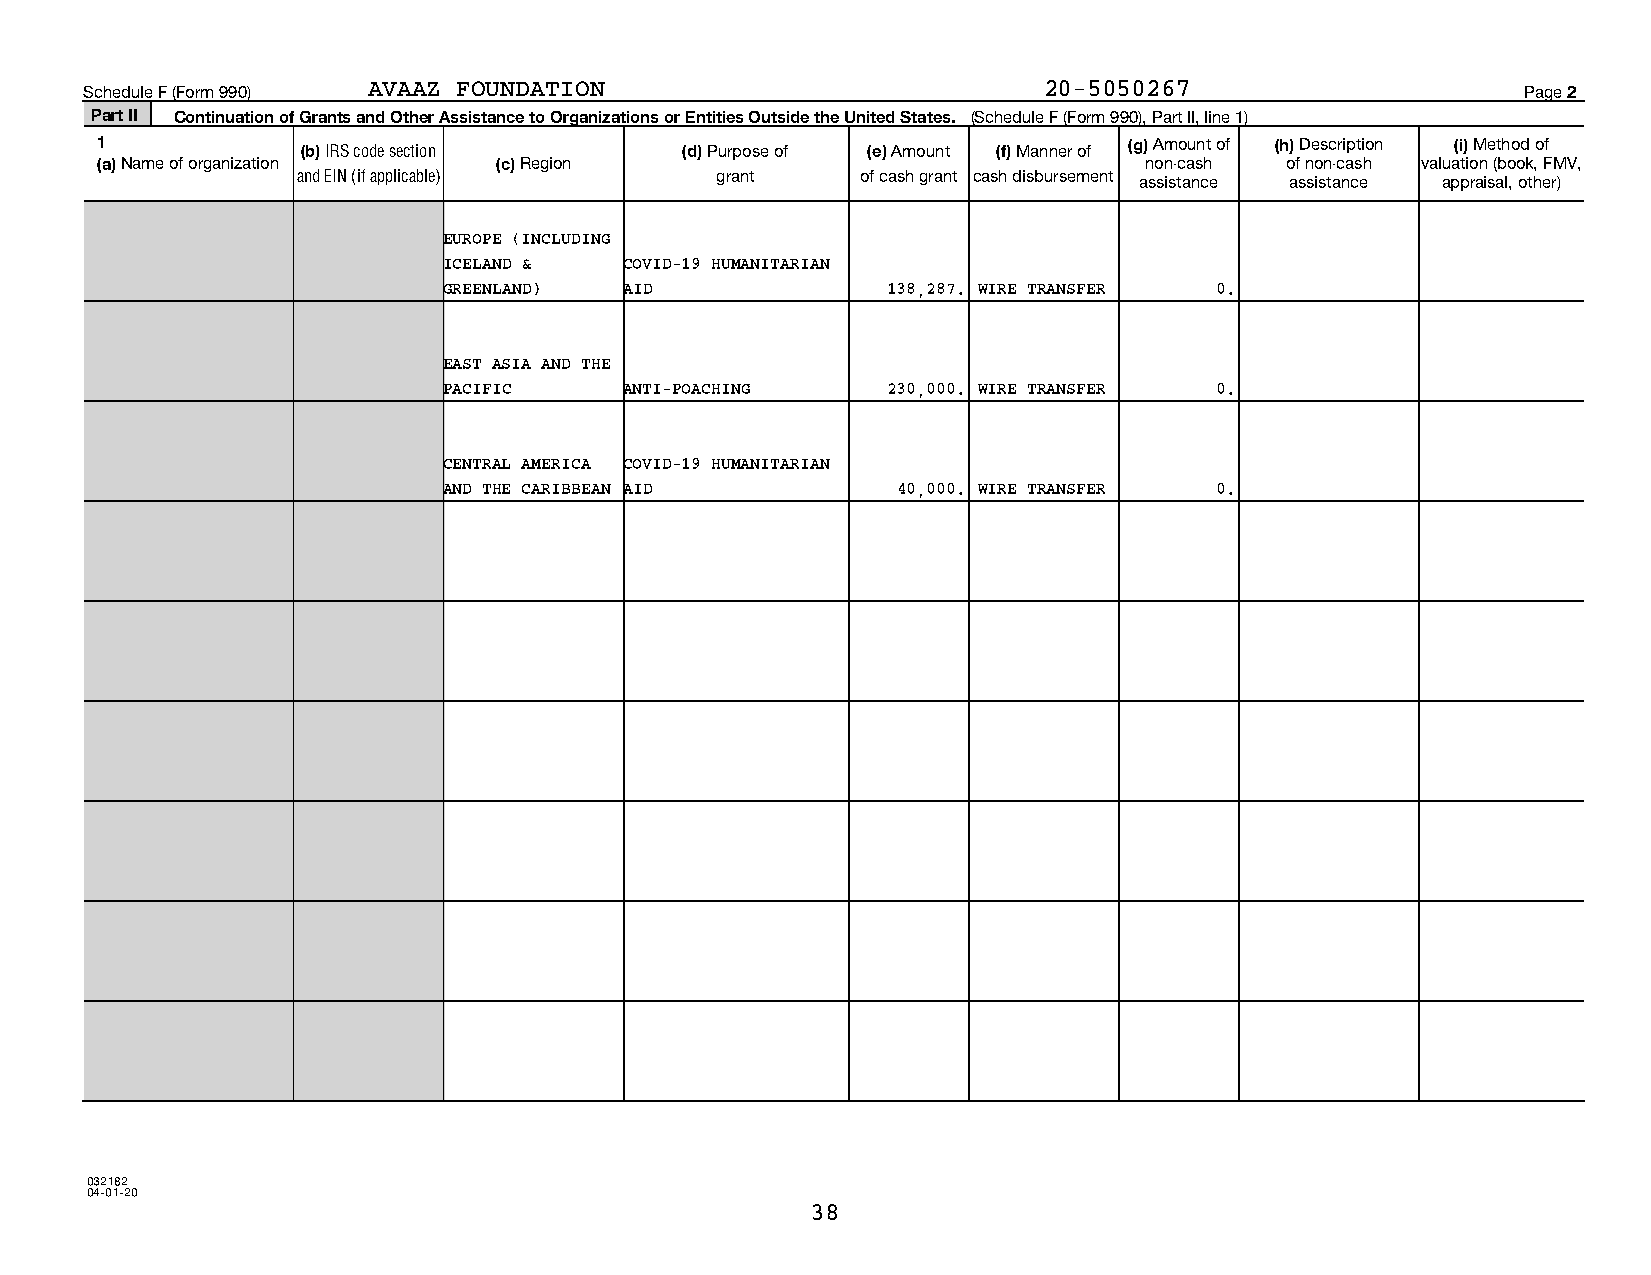
Schedule F (Form 990) AVAAZ FOUNDATION                         20-5050267                      Page 2
 Part II Continuation of Grants and Other Assistance to Organizations or Entities Outside the United States. (Schedule F (Form 990), Part II, line 1)
 1             (b) IRS code section     (d) Purpose of (e) Amount (f) Manner of (g) Amount of (h) Description (i) Method of
 (a) Name of organization   (c) Region                                 non-cash of non-cash valuation (book, FMV,
 and EIN (if applicable)    grant     of cash grant cash disbursement assistance assistance appraisal, other)
 EUROPE (INCLUDING
 ICELAND &   COVID-19 HUMANITARIAN
 GREENLAND)  AID               138,287. WIRE TRANSFER 0.
 EAST ASIA AND THE
 PACIFIC     ANTI-POACHING     230,000. WIRE TRANSFER 0.
 CENTRAL AMERICA COVID-19 HUMANITARIAN
 AND THE CARIBBEAN AID         40,000. WIRE TRANSFER 0.
 032182
 04-01-20
 38